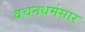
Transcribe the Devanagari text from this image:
वचनधर्मसार